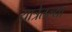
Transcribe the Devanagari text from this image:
यात्रेतल्या